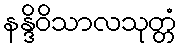
နန္ဒိဝိသာလသုတ္တံ